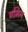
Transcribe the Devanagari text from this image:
गमिन